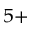
^ { 5 + }